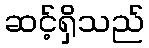
ဆင့်ရှိသည်